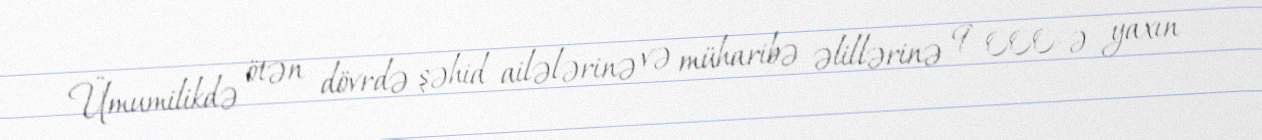
Ümumilikdə ötən dövrdə şəhid ailələrinə və müharibə əlillərinə 9 000-ə yaxın